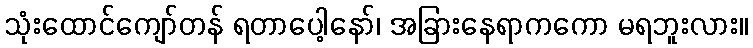
သုံးထောင်ကျော်တန် ရတာပေါ့နော်၊ အခြားနေရာကကော မရဘူးလား။